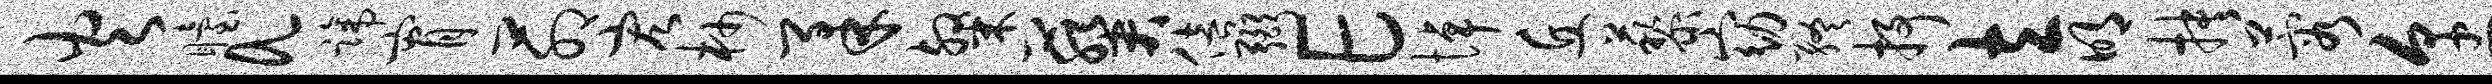
火眙a蹄宵茆宏杪柔粲葵倍弼E悼丘藜窈终抒立明抉蓉烹